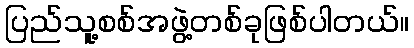
ပြည်သူ့စစ်အဖွဲ့တစ်ခုဖြစ်ပါတယ်။